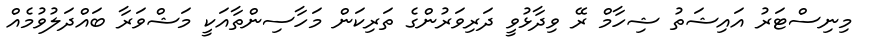
މިނިސްޓަރު އައިޝަތު ޝިހާމް ރޭ ވިދާޅުވީ ދަރިވަރުންގެ ތަރިކަން މަހާސިންތާއަކީ މަޝްވަރާ ބައްދަލުވުމެއް